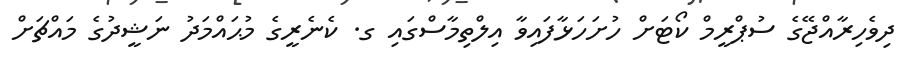
ދިވެހިރާއްޖޭގެ ސުޕްރީމް ކޯޓަށް ހުށަހަޅާފައިވާ އިލްތިމާސްގައި ގ. ކެނެރީގެ މުޙައްމަދު ނަޝީދުގެ މައްޗަށް